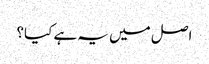
اصل میں یہ ہے کیا؟